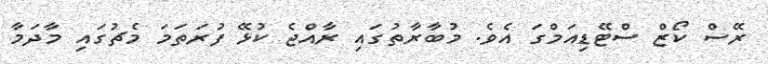
ރޭސް ކޯޒް ސްޓޭޑިއަމްގަ އެވެ. މުބާރާތުގައި ރާއްޖެ ކުޅޭ ފުރަތަމަ މެޗުގައި މާދަމާ